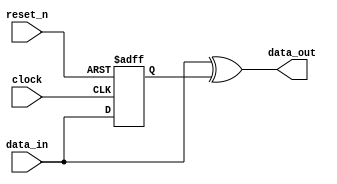
module clock_0_edge_to_pulse (
                                clock,
                                data_in,
                                reset_n,
                                data_out
                             )
;
  output           data_out;
  input            clock;
  input            data_in;
  input            reset_n;
  reg              data_in_d1;
  wire             data_out;
  always @(posedge clock or negedge reset_n)
    begin
      if (reset_n == 0)
          data_in_d1 <= 0;
      else if (1)
          data_in_d1 <= data_in;
    end
  assign data_out = data_in ^ data_in_d1;
endmodule